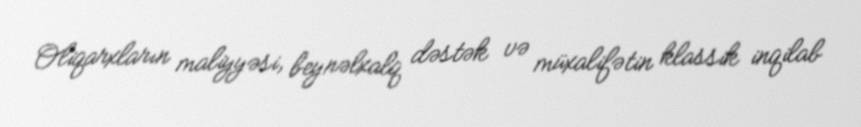
Oliqarxların maliyyəsi, beynəlxalq dəstək və müxalifətin klassik inqilab